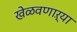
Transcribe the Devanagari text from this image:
खेळवणाऱ्या